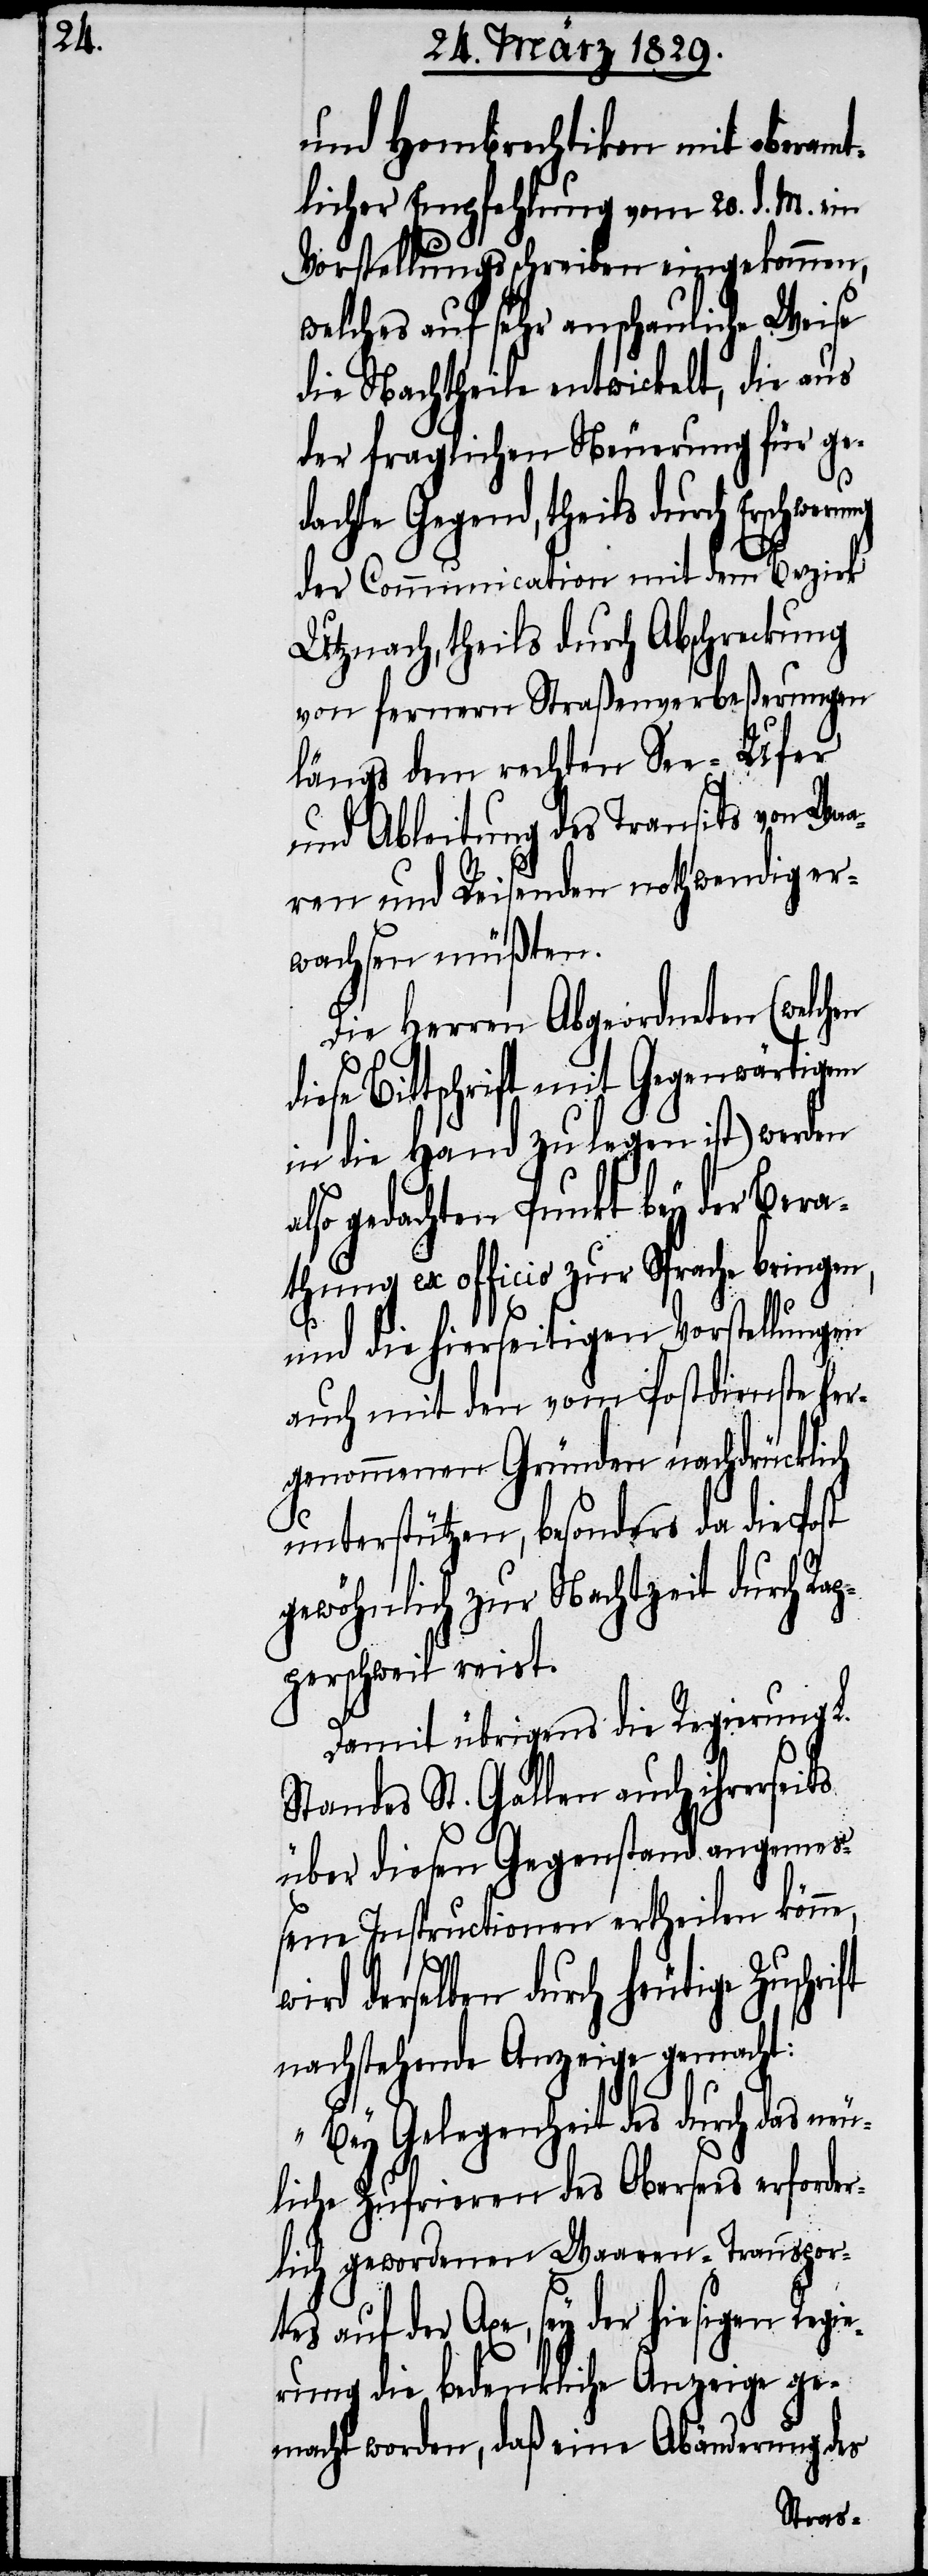
und Hembrechtikon mit oberamt¬
licher Empfehlung vom 20. d. M. ein
Vorstellungsschreiben eingekommen,
welches auf sehr anschauliche Weise
die Nachtheile entwickelt, die aus
der fraglichen Neuerung für ge¬
dachte Gegend, theils durch Erschwerung
der Communication mit dem Bezirk
Utznach, theils durch Abschreckung
von fernern Straßenverbeßerungen
längs dem rechten See-Ufer
und Ableitung des Transits von Waa¬
ren und Reisenden nothwendig er¬
wachsen müßten.
Die Herren Abgeordneten (welchen
iese Bittschrift mit Gegenwärtigem
in die Hand zu legen ist) werden
o gedachten Punkt bey der Bera¬
thung ex officio zur Sprache bringen,
als¬
und die hierseitigen Vorstellungen
auch mit den vom Postdienste her¬
genommenen Gründen nachdrücklich
unterstützen, besonders da die Post
gewöhnlich zur Nachtzeit durch Ra¬
pperschweil reist.
Damit übrigens die Regierung
Standes St. Gallen auch ihrerseits
über diesen Gegenstand angemeß¬
ene Instructionen ertheilen könne,
derselben durch heutige
nachstehende Anzeige gemacht:
„Bey Gelegenheit des durch das neu¬
liche Zufrieren des Obersees erforder¬
lich gewordene Waaren-Transpor¬
tes auf der Axe, sey der hiesigen Regie¬
rung die bedenkliche Anzeige ge¬
macht worden, daß eine Abänderung des